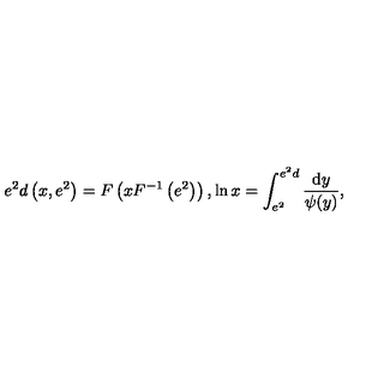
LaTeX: e ^ { 2 } d \left( x , e ^ { 2 } \right) = F \left( x F ^ { - 1 } \left( e ^ { 2 } \right) \right) , \ln x = \int _ { e ^ { 2 } } ^ { e ^ { 2 } d } \frac { \mathrm { d } y } { \psi ( y ) } ,